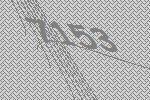
7153